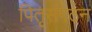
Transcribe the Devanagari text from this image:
पितृसंगठन